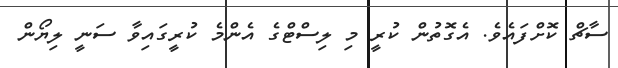
ސާޗް ކޮށްފައެވެ. އެގޮތުން ކުރީ މި ލިސްޓްގެ އެންމެ ކުރީގައިވާ ސަނީ ލިޔޯން